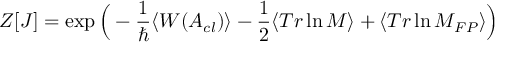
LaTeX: Z [ J ] = \exp \Big ( - \frac { 1 } { \hbar } \langle W ( A _ { c l } ) \rangle - \frac { 1 } { 2 } \langle T r \ln { \cal M } \rangle + \langle T r \ln { \cal M } _ { F P } \rangle \Big )